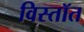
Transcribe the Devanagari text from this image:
विस्तॉत